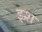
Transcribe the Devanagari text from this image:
झ्र्श